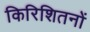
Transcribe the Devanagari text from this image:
किरिशितनों